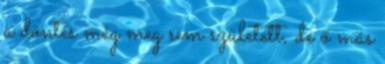
a döntés még meg sem született, de ő más